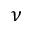
\nu